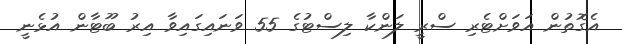
އެގޮތުން އަވަށްޓެރި ސްރީ ލަންކާ ލިސްޓުގެ 55 ވަނައިގައިވާ އިރު ބޫޓާން އުޅެނީ